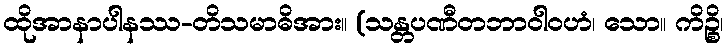
ထိုအာနာပါနဿ-တိသမာဓိအား။ (သန္တပဏီတဘာဝါဝဟံ၊ သော။ ကိဉ္စိ၊